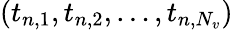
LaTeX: (t_{n,1},t_{n,2},\ldots,t_{n,N_{v}})